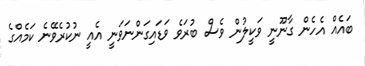
ބައެއް އެހެން ގާނޫނީ ވަކީލުން ވެސް ބުރަވެ ވަޑައިގަންނަވަނީ އެއީ ނުކުރެވޭނެ ކަމެއްގެ